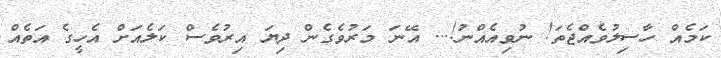
ކަމެއް ހާސިލުވެއްޖެތަ! ނުވިއެއްނު!... އޭނަ މަރުވެގެން ދިޔަ އިރުވެސް ކަލެއަށް އެހީގެ އަތެއް